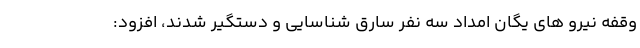
وقفه نیرو های یگان امداد سه نفر سارق شناسایی و دستگیر شدند، افزود: